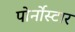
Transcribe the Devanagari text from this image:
पोर्नोस्टार